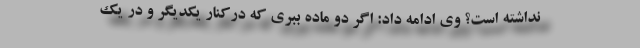
نداشته است؟ وی ادامه داد: اگر دو ماده ببری که درکنار یکدیگر و در یک